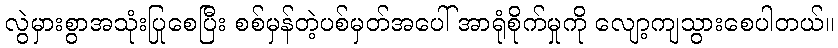
လွဲမှားစွာအသုံးပြုစေပြီး စစ်မှန်တဲ့ပစ်မှတ်အပေါ် အာရုံစိုက်မှုကို လျော့ကျသွားစေပါတယ်။